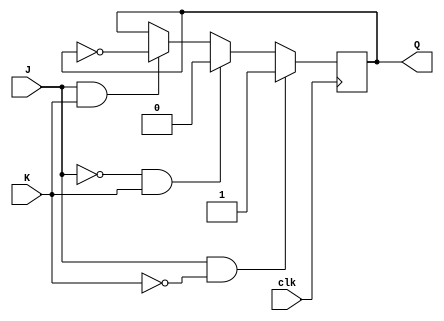
module jk_flipflop (
    input J, // input J
    input K, // input K
    input clk, // clock input
    output reg Q); // output Q

reg Q_bar; // complement output

// Master latch
always@(posedge clk) begin
    if (J && !K)
        Q <= 1'b1;
    else if (!J && K)
        Q <= 1'b0;
    else if (J && K)
        Q <= ~Q;
end

// Slave latch
always@(posedge clk) begin
    Q_bar <= ~Q;
end

endmodule